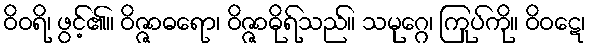
ဝိဝရိ၊ ဖွင့်၏။ ဝိဇ္ဇာဓရော၊ ဝိဇ္ဇာဓိုရ်သည်။ သမုဂ္ဂေ၊ ကြုပ်ကို။ ဝိဝဋေ၊